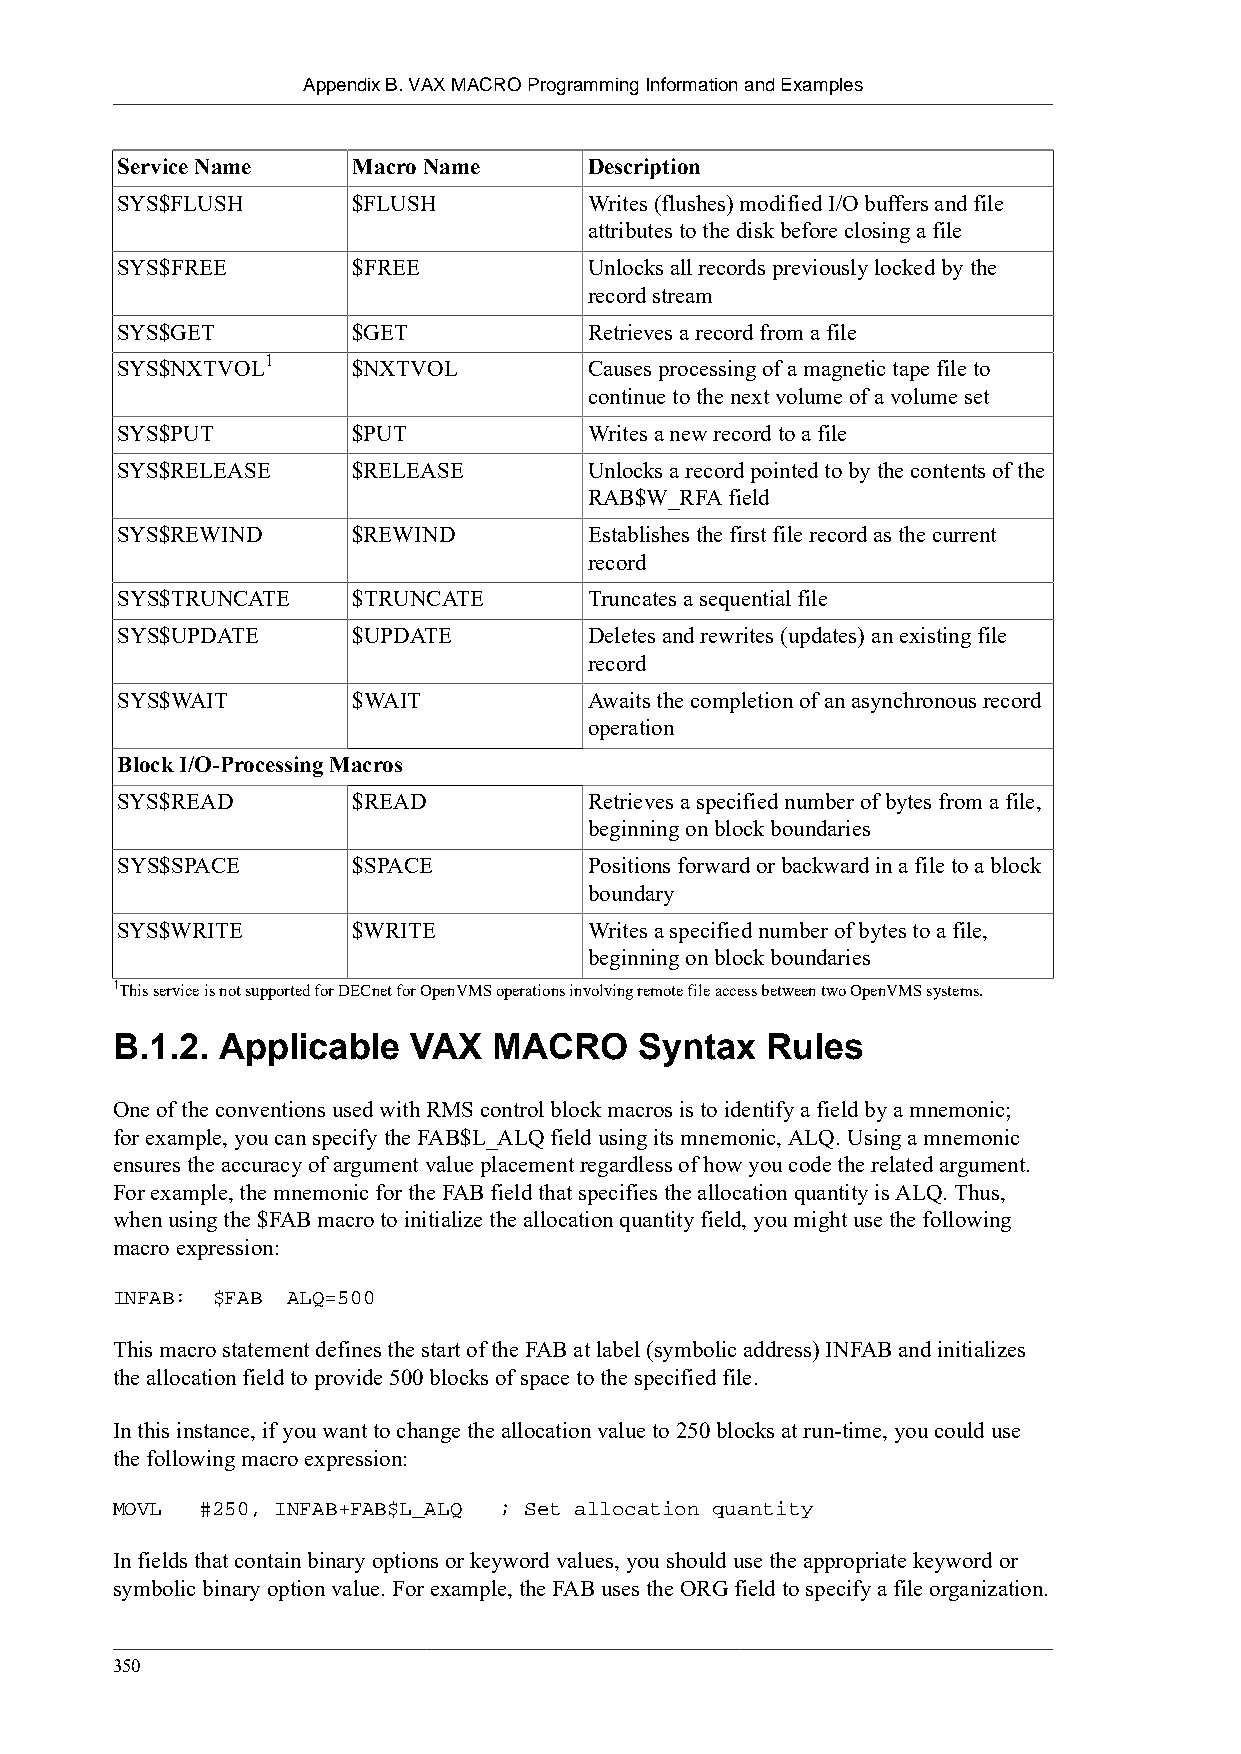
Appendix B. VAX MACRO Programming Information and Examples
 Service Name   Macro Name      Description
 SYS$FLUSH      $FLUSH          Writes (flushes) modified I/O buffers and file
 attributes to the disk before closing a file
 SYS$FREE       $FREE           Unlocks all records previously locked by the
 record stream
 SYS$GET        $GET            Retrieves a record from a file
 1
 SYS$NXTVOL     $NXTVOL         Causes processing of a magnetic tape file to
 continue to the next volume of a volume set
 SYS$PUT        $PUT            Writes a new record to a file
 SYS$RELEASE    $RELEASE        Unlocks a record pointed to by the contents of the
 RAB$W_RFA field
 SYS$REWIND     $REWIND         Establishes the first file record as the current
 record
 SYS$TRUNCATE   $TRUNCATE       Truncates a sequential file
 SYS$UPDATE     $UPDATE         Deletes and rewrites (updates) an existing file
 record
 SYS$WAIT       $WAIT           Awaits the completion of an asynchronous record
 operation
 Block I/O-Processing Macros
 SYS$READ       $READ           Retrieves a specified number of bytes from a file,
 beginning on block boundaries
 SYS$SPACE      $SPACE          Positions forward or backward in a file to a block
 boundary
 SYS$WRITE      $WRITE          Writes a specified number of bytes to a file,
 beginning on block boundaries
 1This service is not supported for DECnet for OpenVMS operations involving remote file access between two OpenVMS systems.
 B.1.2. Applicable   VAX   MACRO    Syntax   Rules
 One of the conventions used with RMS control block macros is to identify a field by a mnemonic;
 for example, you can specify the FAB$L_ALQ field using its mnemonic, ALQ. Using a mnemonic
 ensures the accuracy of argument value placement regardless of how you code the related argument.
 For example, the mnemonic for the FAB field that specifies the allocation quantity is ALQ. Thus,
 when using the $FAB macro to initialize the allocation quantity field, you might use the following
 macro expression:
 INFAB: $FAB ALQ=500
 This macro statement defines the start of the FAB at label (symbolic address) INFAB and initializes
 the allocation field to provide 500 blocks of space to the specified file.
 In this instance, if you want to change the allocation value to 250 blocks at run-time, you could use
 the following macro expression:
 MOVL  #250, INFAB+FAB$L_ALQ ; Set allocation quantity
 In fields that contain binary options or keyword values, you should use the appropriate keyword or
 symbolic binary option value. For example, the FAB uses the ORG field to specify a file organization.
 350